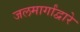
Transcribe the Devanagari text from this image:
जलमार्गांद्वारे